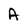
Character: A